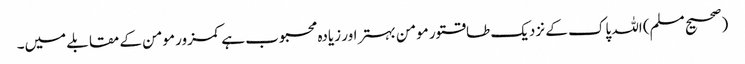
(صحیح مسلم) اللہ پاک کے نزدیک طاقتور مومن بہتر اور زیادہ محبوب ہے کمزور مومن کے مقابلے میں۔